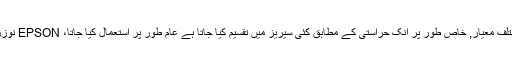
جو مختلف معیار, خاص طور پر انک حراستی کے مطابق کئی سیریز میں تقسیم کیا جاتا ہے عام طور پر استعمال کیا جاتا، EPSON نوززلیس ۔